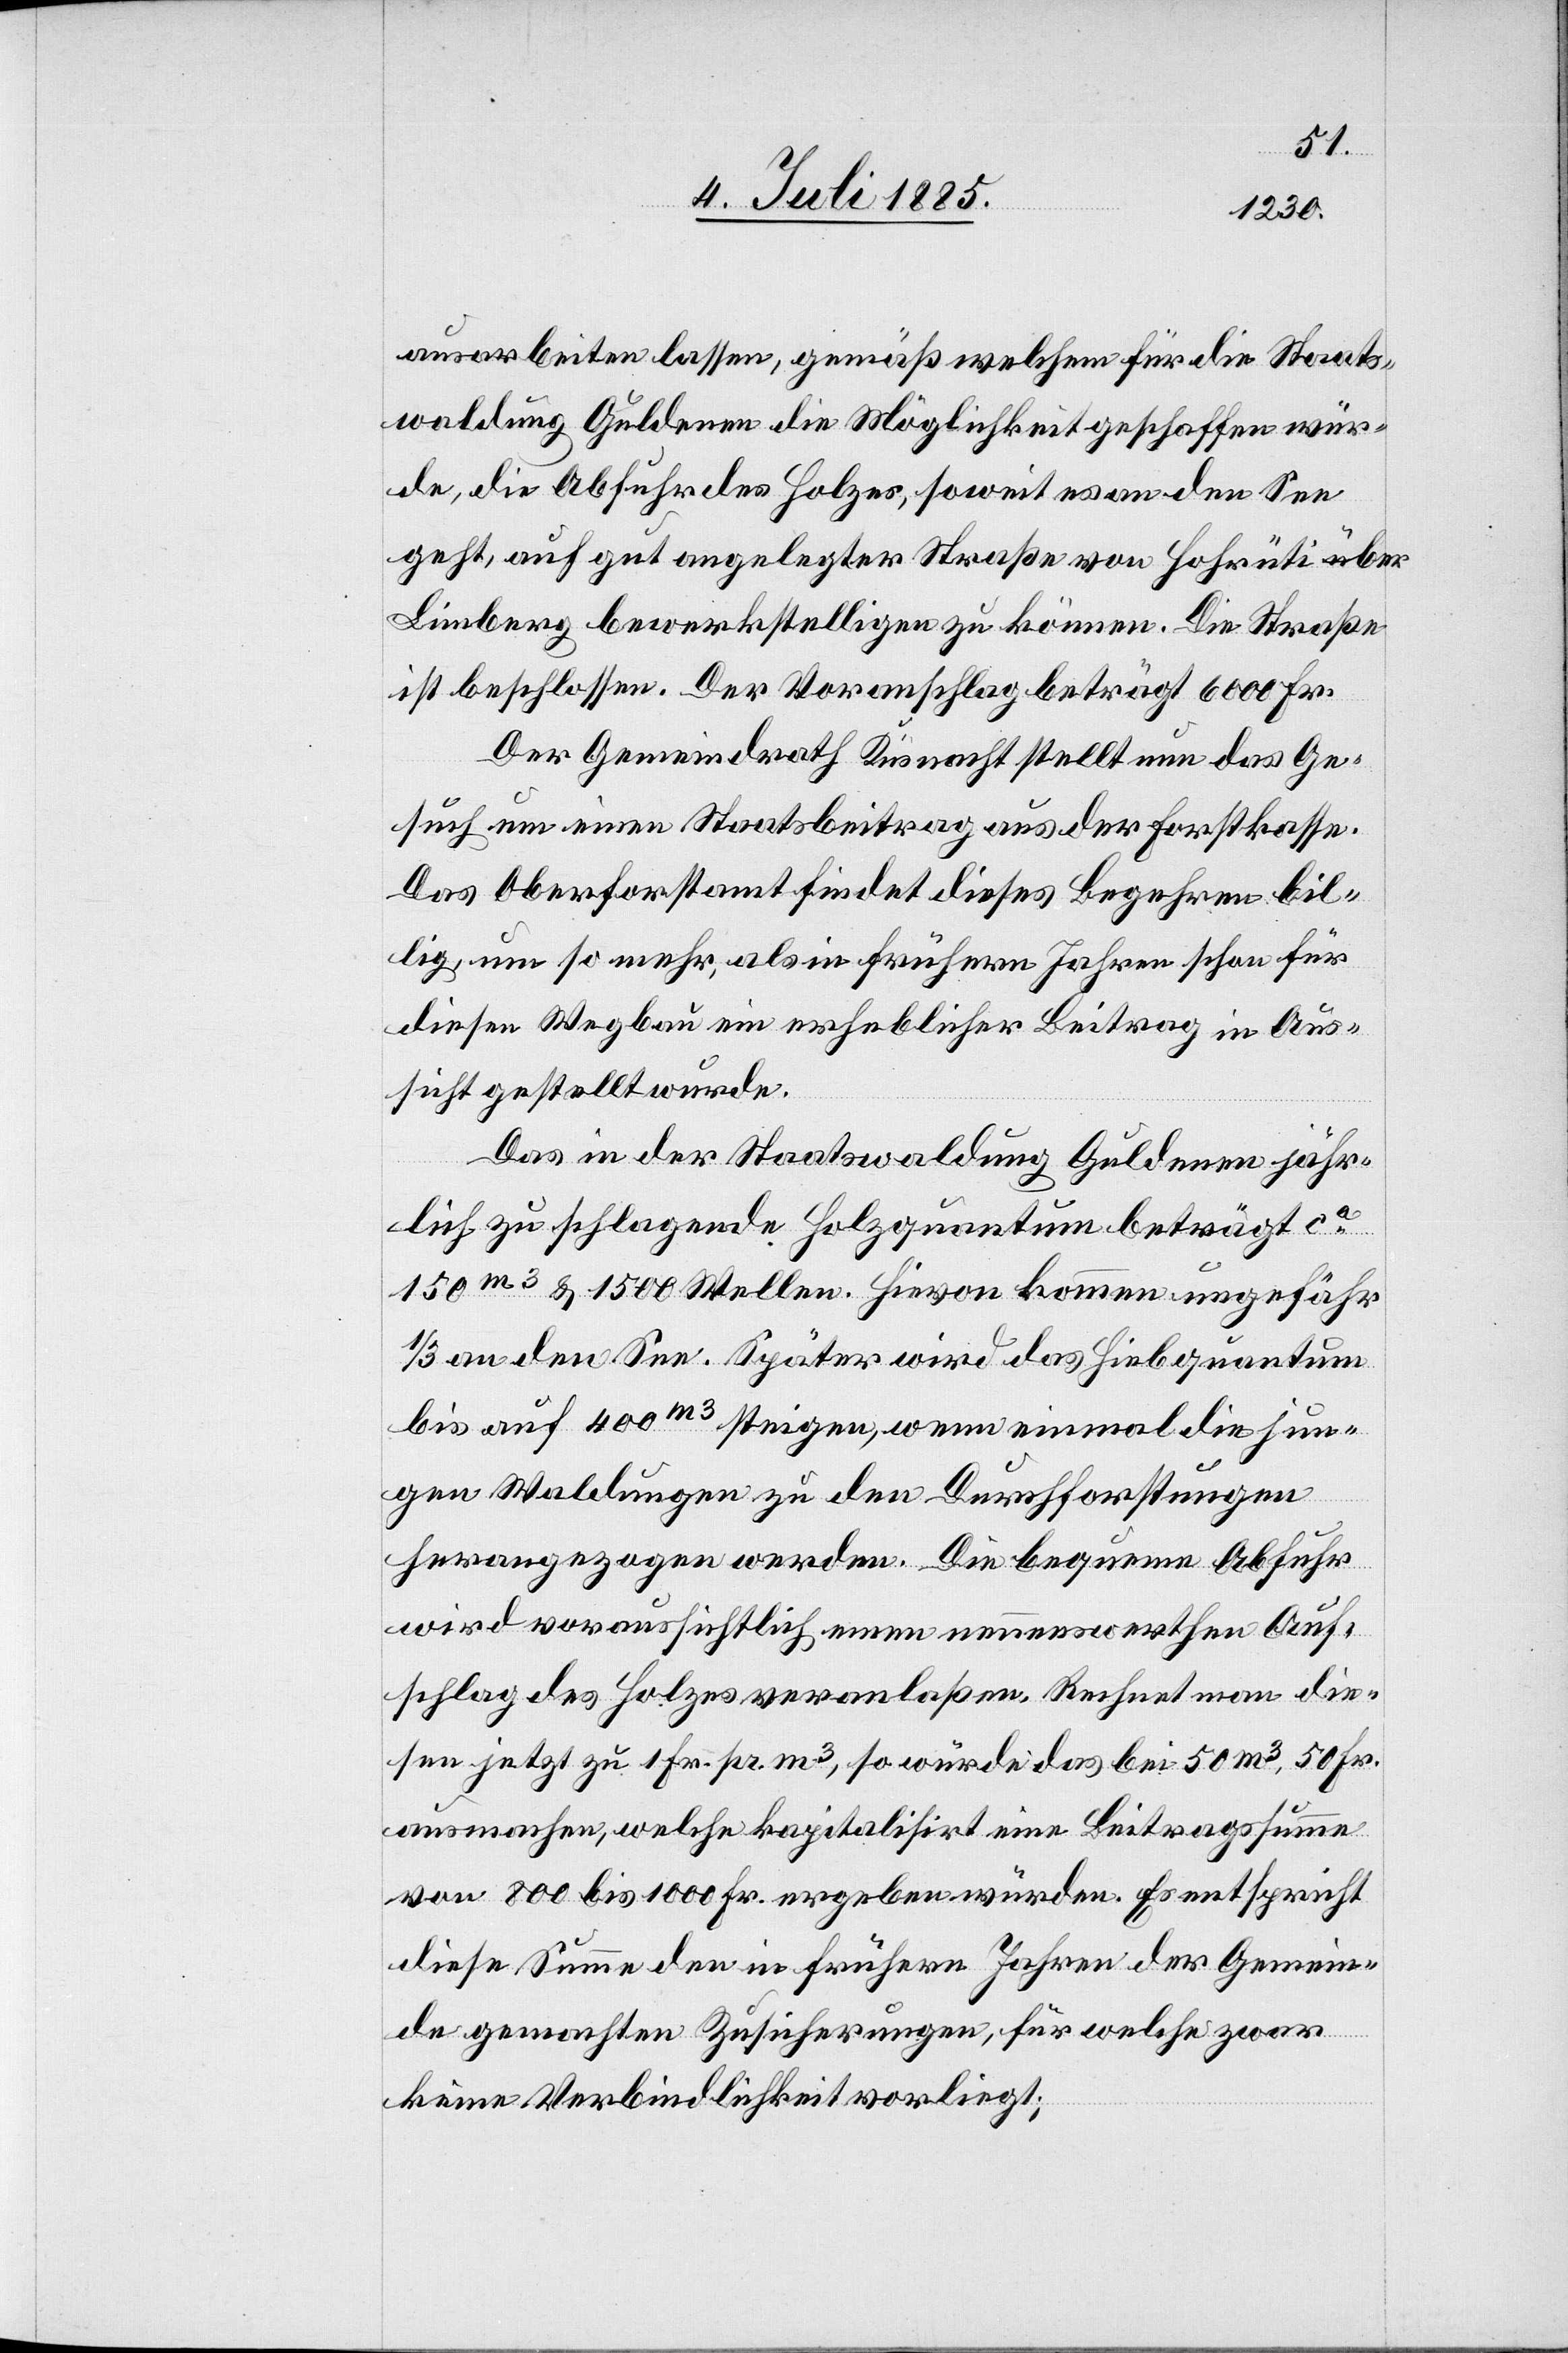
ausarbeiten lassen, gemäß welchem für die Staats¬
waldung Guldenen die Möglichkeit geschaffen wür¬
de, die Abfuhr des Holzes, soweit es an den See
geht, auf gut angelegter Straße von Hohrüti
Limberg bewerkstelligen zu können. Die Straße
ist beschlossen. Der Voranschlag beträgt 6000 Fr.
Der Gemeindrath Küsnacht stellt nun das Ge¬
such um einen Staatsbeitrag aus der Forstkasse.
Das Oberforstamt findet dieses Begehren bil¬
lig, um so mehr, als in frühern Jahren schon für
diesen Wegbau ein erheblicher Beitrag in Aus¬
sicht gestellt wurde.
Das in der Staatswaldung Guldenen jähr¬
lich zu schlagende Holzquantum beträgt ca
150m3 & 1500 Wellen. Hievon kommen ungefähr
1/3 an den See. Später wird das Hiebquantum
bis auf 400m3 steigen, wenn einmal diejeni¬
gen Waldungen zu den Durchforstungen
herangezogen werden. Die bequeme Abfuhr
wird voraussichtlich einen nennenswerthen Auf¬
schlag des Holzes veranlaßen. Rechnet man die¬
sen jetzt zu 1 Fr. pr. m3, so würde das bei 50 m3, 50 Fr.
ausmachen, welche kapitalisirt eine Beitragssumme
von 800 bis 1000 Fr. ergeben würden. Es entspricht
diese Summe den in frühern Jahren der Gemein¬
de gemachten Zusicherungen, für welche zwar
keine Verbindlichkeit vorliegt;